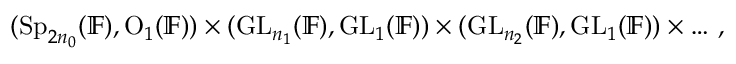
\begin{array} { r } { ( \mathrm { S p } _ { 2 n _ { 0 } } ( \mathbb { F } ) , \mathrm { O } _ { 1 } ( \mathbb { F } ) ) \times ( \mathrm { G L } _ { n _ { 1 } } ( \mathbb { F } ) , \mathrm { G L } _ { 1 } ( \mathbb { F } ) ) \times ( \mathrm { G L } _ { n _ { 2 } } ( \mathbb { F } ) , \mathrm { G L } _ { 1 } ( \mathbb { F } ) ) \times \ldots \, , } \end{array}